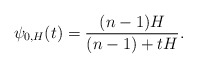
\begin{align*} \psi_{0,H}(t)=\frac{(n-1)H}{(n-1)+tH}. \end{align*}